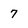
Character: 7